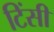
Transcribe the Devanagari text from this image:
टिंसी